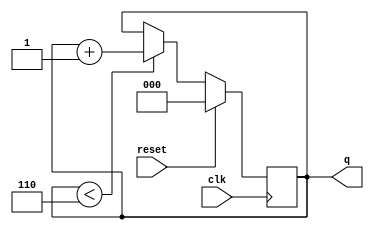
module prog_counter100s (
   input             clk,
	input             reset,
   output reg [2:0]  q
   ); 
	

	always @(posedge clk)
		if (reset)
			q <= 0;
		else if (q < 6)
			q <= q + 1;

endmodule